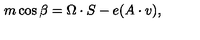
m \cos { \beta } = \Omega \cdot S - e ( A \cdot v ) ,